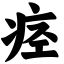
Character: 痉